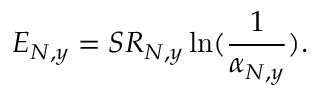
E _ { N , y } = S R _ { N , y } \ln ( \frac { 1 } { \alpha _ { N , y } } ) .